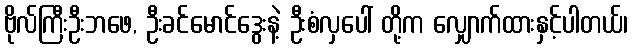
ဗိုလ်ကြီးဦးဘဖေ, ဦးခင်မောင်ဒွေးနဲ့ ဦးစံလှပေါ် တို့က လျှောက်ထားနှင့်ပါတယ်၊